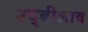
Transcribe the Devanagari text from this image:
उद्बीलाव